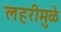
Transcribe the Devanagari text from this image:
लहरीमुळे